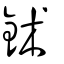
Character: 鉥